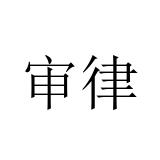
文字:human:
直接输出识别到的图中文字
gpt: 审律